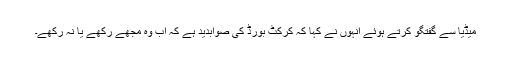
میڈیا سے گفتگو کرتے ہوئے انہوں نے کہا کہ کرکٹ بورڈ کی صوابدید ہے کہ اب وہ مجھے رکھے یا نہ رکھے۔